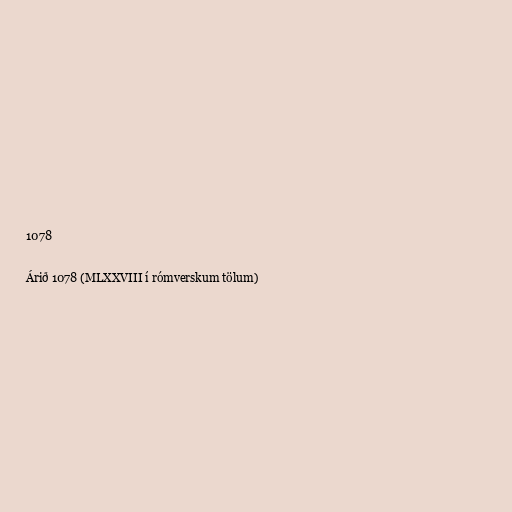
1078

Árið 1078 (MLXXVIII í rómverskum tölum)